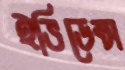
ইভিডেন্স